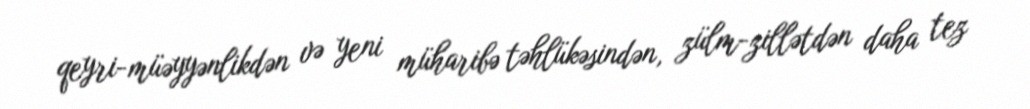
qeyri-müəyyənlikdən və yeni müharibə təhlükəsindən, zülm-zillətdən daha tez